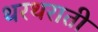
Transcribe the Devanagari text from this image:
थरथराती